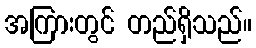
အကြားတွင် တည်ရှိသည်။